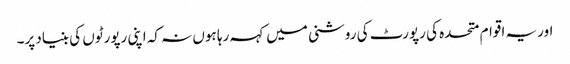
اور یہ اقوام متحده کی رپورٹ کی روشنی میں کہہ رہا ہوں نہ کہ اپنی رپورٹوں کی بنیاد پر۔